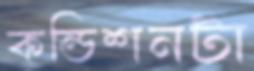
কন্ডিশনটা